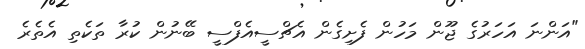
"އަންނަ އަހަރުގެ ޖޫން މަހުން ފެށިގެން އެޗްސީއެފްސީ ބޭނުން ކުރާ ތަކެތި އެތެރެ